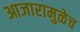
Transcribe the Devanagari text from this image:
आजारामुळेच